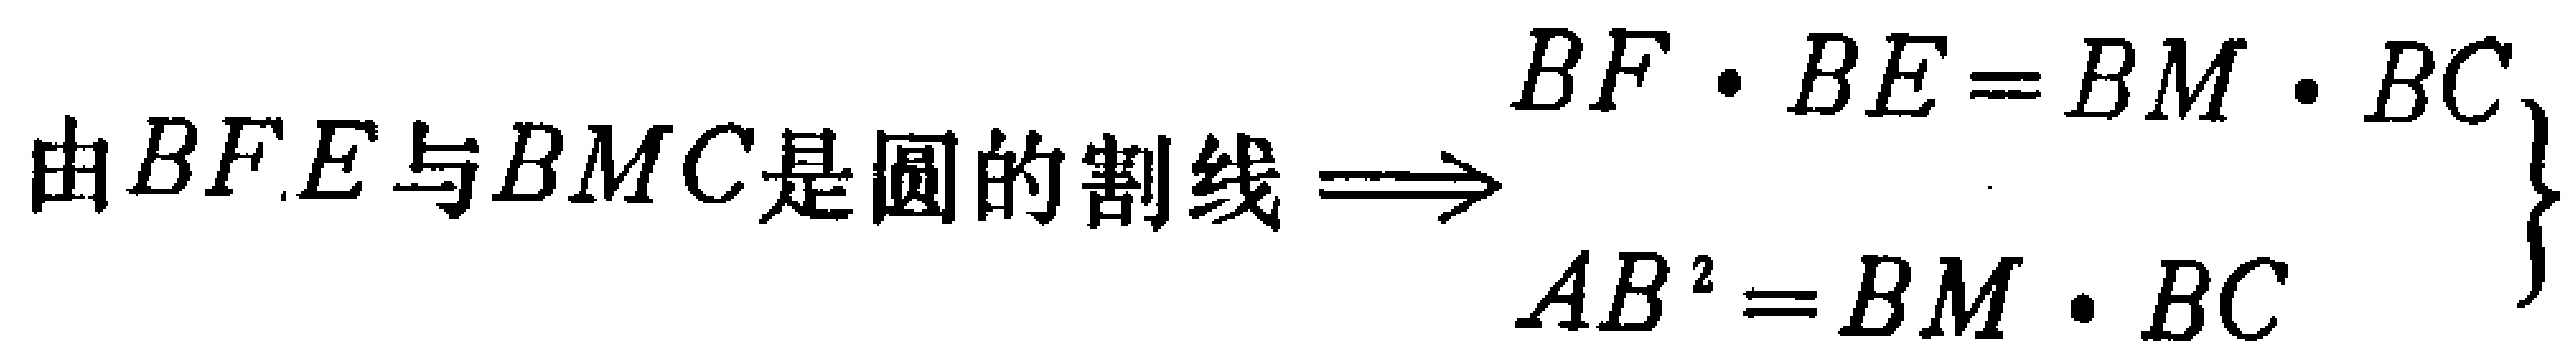
\(由BFE与BMC是圆的割线\Longrightarrow

\left\{

\begin{array}{l}

BF\cdot BE = BM\cdot BC\\

AB^{2}=BM\cdot BC

\end{array}

\right.\)